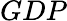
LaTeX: GDP